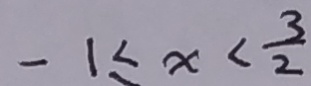
- 1 \leq x < \frac { 3 } { 2 }